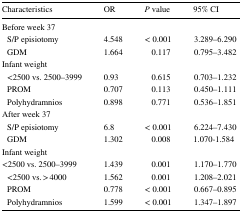
| Characteristics | OR | P value | 95% CI |
 | --- | --- | --- | --- |
 | <COLSPAN=4> Before week 37 |
 | S/P episiotomy | 4.548 | < 0.001 | 3.289–6.290 |
 | GDM | 1.664 | 0.117 | 0.795–3.482 |
 | <COLSPAN=4> Infant weight |
 | <2500 vs. 2500–3999 | 0.93 | 0.615 | 0.703–1.232 |
 | PROM | 0.707 | 0.113 | 0.450–1.111 |
 | Polyhydramnios | 0.898 | 0.771 | 0.536–1.851 |
 | <COLSPAN=4> After week 37 |
 | S/P episiotomy | 6.8 | < 0.001 | 6.224–7.430 |
 | GDM | 1.302 | 0.008 | 1.070-1.584 |
 | <COLSPAN=4> Infant weight |
 | <2500 vs. 2500–3999 | 1.439 | 0.001 | 1.170–1.770 |
 | <2500 vs. > 4000 | 1.562 | 0.001 | 1.208–2.021 |
 | PROM | 0.778 | < 0.001 | 0.667–0.895 |
 | Polyhydramnios | 1.599 | < 0.001 | 1.347–1.897 |